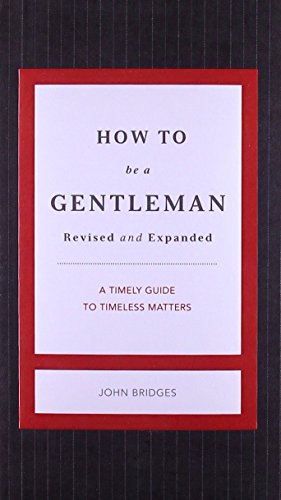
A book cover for How to Be a Gentleman Revised and   Updated: A Contemporary Guide to Common Courtesy (Gentlemanners); John Bridges; Health, Fitness & Dieting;